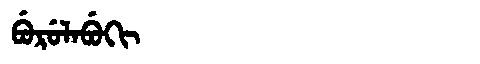
Manchu: ᠪᡠᡵᡠᠯᠠᠪᡠᡴᡳ
Romanization: BURULABUKI